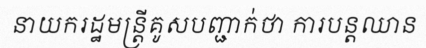
នាយករដ្ឋមន្ត្រីគូសបញ្ជាក់ថា ការបន្តឈាន